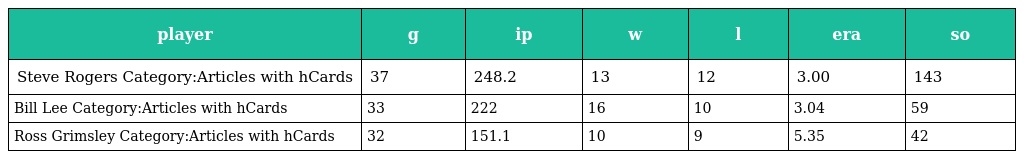
| player | g | ip | w | l | era | so |
 | --- | --- | --- | --- | --- | --- | --- |
 | Steve Rogers Category:Articles with hCards | 37 | 248.2 | 13 | 12 | 3.00 | 143 |
 | Bill Lee Category:Articles with hCards | 33 | 222 | 16 | 10 | 3.04 | 59 |
 | Ross Grimsley Category:Articles with hCards | 32 | 151.1 | 10 | 9 | 5.35 | 42 |